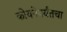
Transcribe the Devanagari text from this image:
कोयनेपर्यंतचा